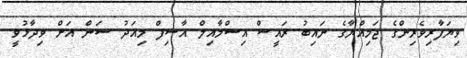
ވިޔަފާރިވެރިންގެ ޖަމިއްޔާގެ ނައިބު ރައީސް އިސްމާއިލް އާސިފް މިއަދު ސަން އަށް ވިދާޅުވީ